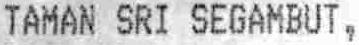
TAMAN SRI SEGAMBUT,